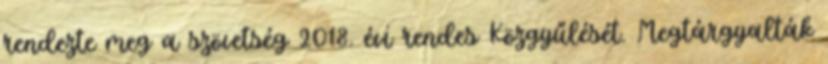
rendezte meg a szövetség 2018. évi rendes Közgyűlését. Megtárgyalták